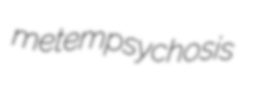
metempsychosis